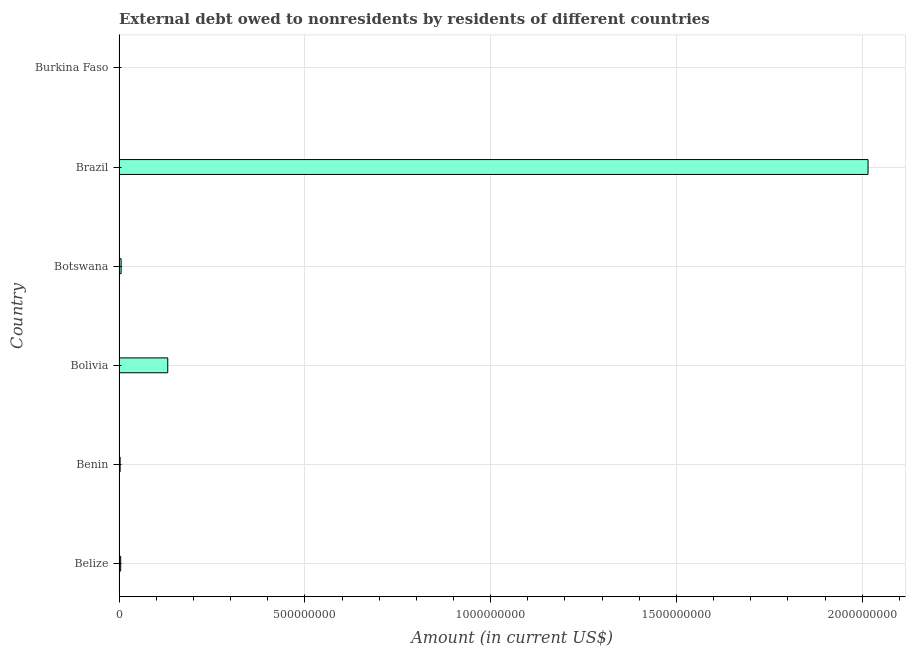
| Country | Debt |
 | --- | --- |
 | Belize | 4.3e+06 |
 | Benin | 2.87e+06 |
 | Bolivia | 1.31e+08 |
 | Botswana | 5.57e+06 |
 | Brazil | 2.02e+09 |
 | Burkina Faso | 6.51e+05 |